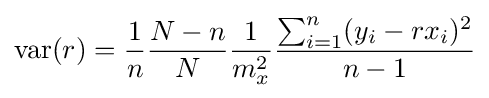
\operatorname {var} (r)={\frac {1}{n}}{\frac {N-n}{N}}{\frac {1}{m_{x}^{2}}}{\frac {\sum _{i=1}^{n}(y_{i}-rx_{i})^{2}}{n-1}}